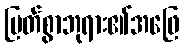
မြတ်စွာဘုရား၏အဖြေ